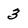
Character: 3